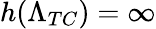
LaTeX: h(\Lambda_{TC})=\infty